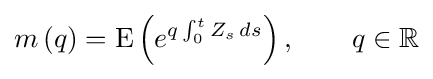
m\left(q\right)=\operatorname {E} \left(e^{q\int _{0}^{t}Z_{s}\,ds}\right),\qquad q\in \mathbb {R}